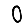
Digit: 0